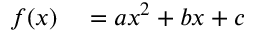
\begin{array} { r l } { f ( x ) } & { { } = a x ^ { 2 } + b x + c } \end{array}